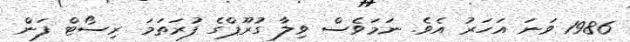
1986 ވަނަ އަހަރު އެވެ. ނަމަވެސް ވިލާ ގުރޫޕްގެ ފުރަތަމަ ރިސޯޓް ފަން